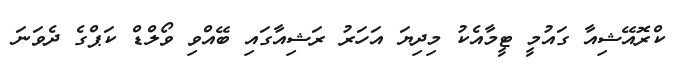
ކްރޮއޭޝިއާ ގައުމީ ޓީމާއެކު މިދިޔަ އަހަރު ރަޝިއާގައި ބޭއްވި ވޯލްޑް ކަޕްގެ ދެވަނަ